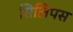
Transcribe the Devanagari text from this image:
सिलिपस